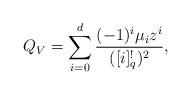
LaTeX: \begin{gather*}Q_V=\sum_{i=0}^{d} \frac{(-1)^i\mu_iz^i}{([i]_q^{!})^2},\end{gather*}